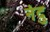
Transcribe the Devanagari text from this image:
नंदु